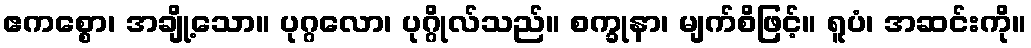
ဧကစ္စော၊ အချို့သော။ ပုဂ္ဂလော၊ ပုဂ္ဂိုလ်သည်။ စက္ခုနာ၊ မျက်စိဖြင့်။ ရူပံ၊ အဆင်းကို။